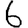
Digit: 6